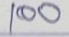
100